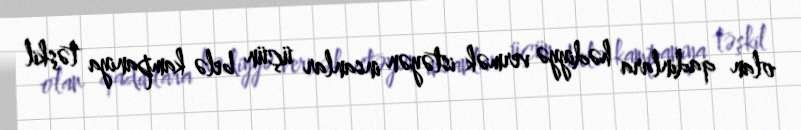
olan qadınlara hədiyyə vermək istəyən insanlar üçün belə kampaniya təşkil